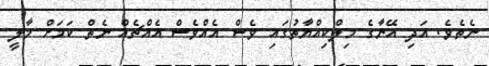
ނެތެވެ. އަދި އޭނާގެ މިލްކިއްޔާތުގައި ވެސް އެއްވެސް އެއްޗެއް ނެތް ކަމަށް މާލީ